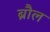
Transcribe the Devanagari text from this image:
ब्रौल